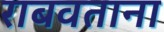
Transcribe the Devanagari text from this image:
राबवताना